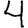
Digit: 4